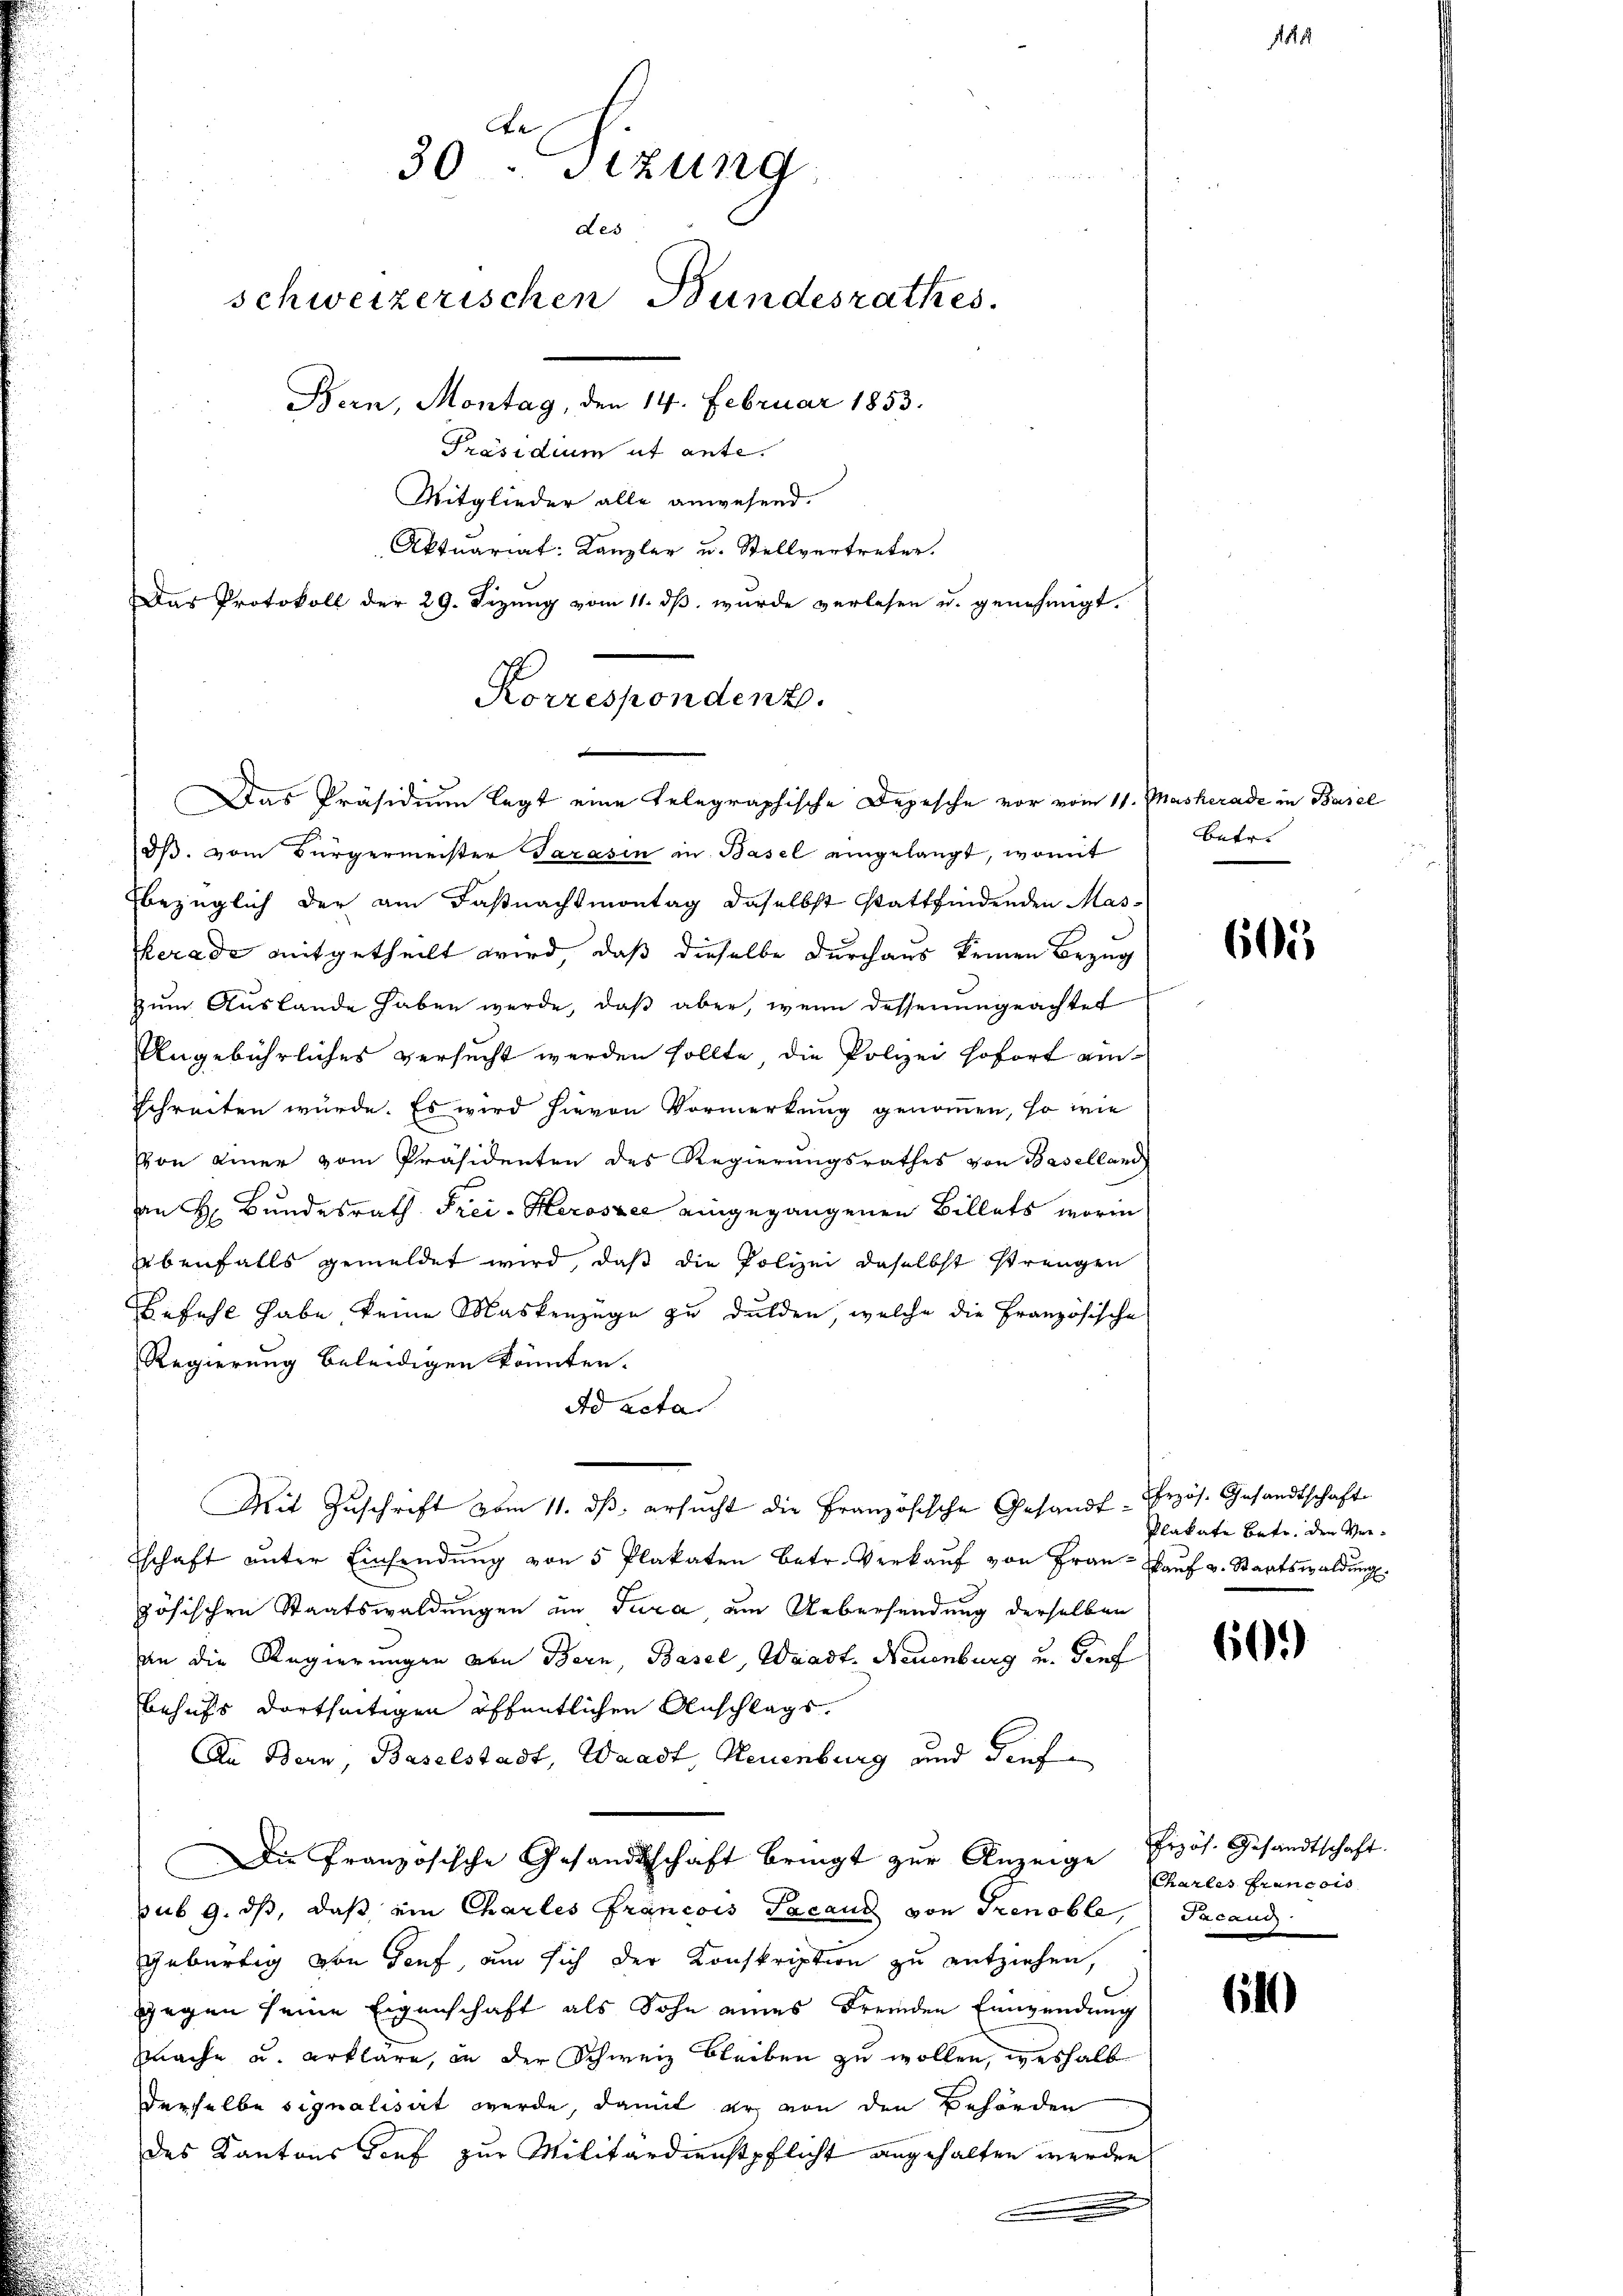
A
30 - Sizung
de
schweizerischen Bundesrathes.
Bern, Montag, den 14. Februar 1853.
Präsidium ut ante.
Mitglieder alle anwesend.
Aktuariat: Kanzler u. Stellvertreten.
Das Protokoll der 29. Sizung vom 11. ds wurde verlesen u. genehmigt.

Korrespondenz.
Das Präsidium legt eine telegraphische Depesche vor vom 11. Masherade in Basel

dβ. vom Bürgermeister Sarasin in Basel eingelangt, womit
bezüglich der am Faßnachsmontag daselbst stattfindenden Mas¬
Gerade mitgetheilt wird, daß dieselbe durchaus keinen Bezug
zum Auslande haben werde, daß aber, wenn dessenungeachtet
Angebührliches versucht werden sollte, die Polizei sofort ainschreiten würde. Es wird hievon Vormerkung genommen, so wie
Von einer vom Präsidenten des Regierungsrathes von Baselland
an H. Bundesrath Frei-Heroszer eingegangenen Billets worin
ebenfalls gemeldet wird, daß die Polizei daselbst strengen
Befehl habe keine Maskenzüge zu dulden, welche die Französische
Regierung beleidigen könnten.
Ad acta
Mit Zuschrift vom 11. ds ersucht die Französische Gesandtschaft unter Einsendŭng von 5 Plakaten betr. Verkaŭf von Fran- aŭf v. Staatswaldung.
zösischen Staatswaldungen im Jura, am Uebersendung derselben
n die Regierungen von Bern, Basel, Waadt, Neuenburg u. Genf
behufs dortseitigen öffentlichen Anschlags¬
An Bern, Baselstadt, Waadt, Neuenburg und dief
Die Französische Gesandtschaft bringt zur Anzeige Erzös. Gesandtschaft.
sub 9. ds, daß ein Charles Francois Facanz von Trenoble, Pacand
gebürtig von Genf, um sich der Konskription zu entziehen,
gegen seine Eigenschaft als Sohn eines Fremden Einwendung
mmache u. erkläre, in der Schweiz bleiben zu wollen, weshalb
derselbe signalisirt werde, damit er von den Behörden
des Kantons Torf zur Militärdienstpflicht angehalten werden,
e

Betr.

605

Przös. Gesandtschaft
Plakate Betr. den Ver¬

609

Charles francois

61